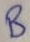
Text: B